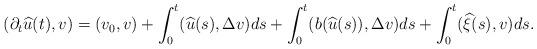
LaTeX: \begin{align*}(\partial_t \widehat{u}(t),v)=(v_0,v)+\int_0^t (\widehat{u}(s), \Delta v)ds+\int_0^t (b(\widehat{u}(s)), \Delta v)ds+\int_0^t (\widehat{\xi}(s), v)ds.\end{align*}